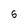
Character: 6